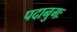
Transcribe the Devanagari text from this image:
पदानुगः